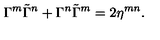
\Gamma ^ { m } \tilde { \Gamma } ^ { n } + \Gamma ^ { n } \tilde { \Gamma } ^ { m } = 2 \eta ^ { m n } .